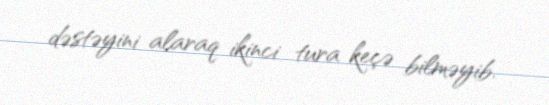
dəstəyini alaraq ikinci tura keçə bilməyib.